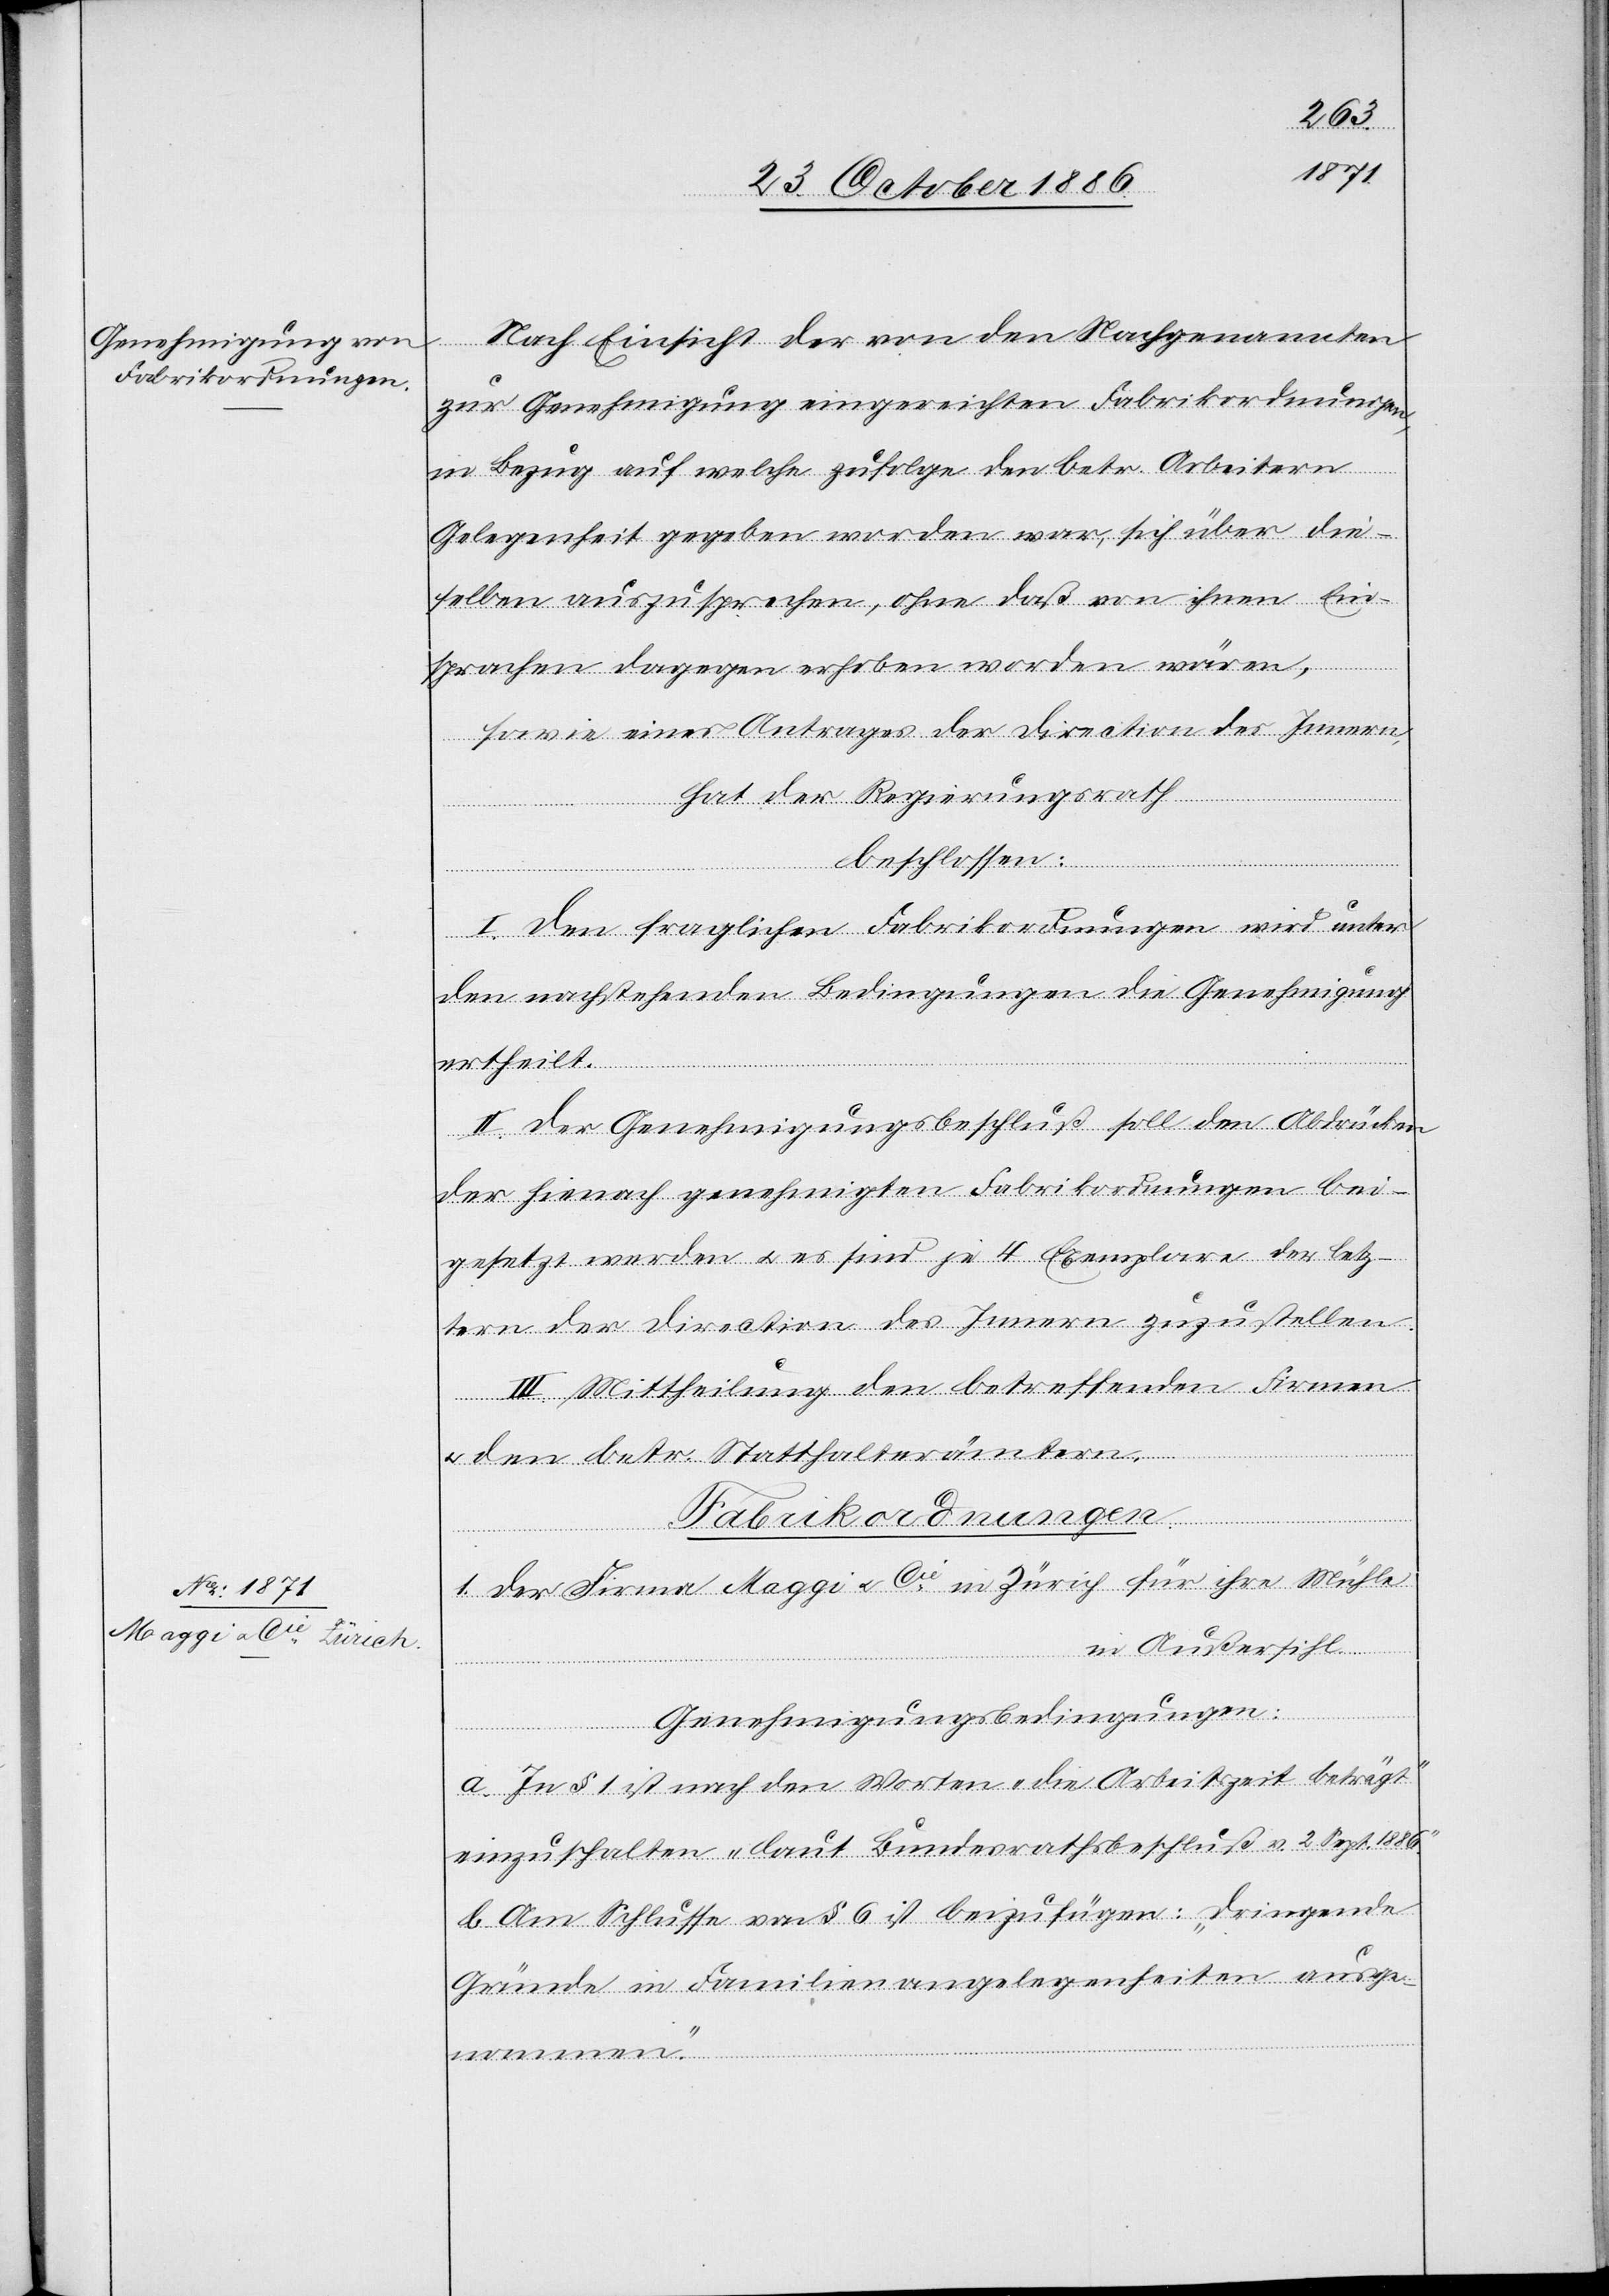
2.254
Fabrikordnungen.
zur Genehmigung eingereichten Fabrikordnungen,
in Bezug auf welche zufolge den betr. Arbeitern
Gelegenheit gegeben worden war, sich über die¬
selben auszusprechen, ohne daß von ihnen Ein¬
nten
sprachen dagegen erhoben worden wären,
sowie eines Antrages der Direction des Innern,
hat der Regierungsrath
beschlossen:
I. Den fraglichen Fabrikordnungen wird unter
den nachstehenden Bedingungen die Genehmigung
ertheilt.
II. Der Genehmigungsbeschluß soll den Abdrücken
der hienach genehmigten Fabrikordnungen bei¬
gesetzt werden & es sind je 4 Exemplare der letz¬
tern der Direction des Innern zuzustellen.
III. Mittheilung den betreffenden Firmen
nan¬
den betr. Statthalterämtern.
1. der Firma Maggi & Cie in Zürich für ihre Mühle
in Außersihl.
Genehmigungsbedingungen:
Nachge¬
a. In § 1 ist nach den Worten „die Arbeitszeit beträgt“
einzuschalten „laut Bundesrathsbeschluß v. 2. Sept. 1886.“
b. Am Schlusse von § 6 ist beizufügen: „dringende
Gründe in Familienangelegenheiten ausge¬
nommen.“